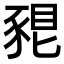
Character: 𧱗